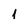
Character: 1